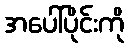
အပေါ်ပိုင်းကို